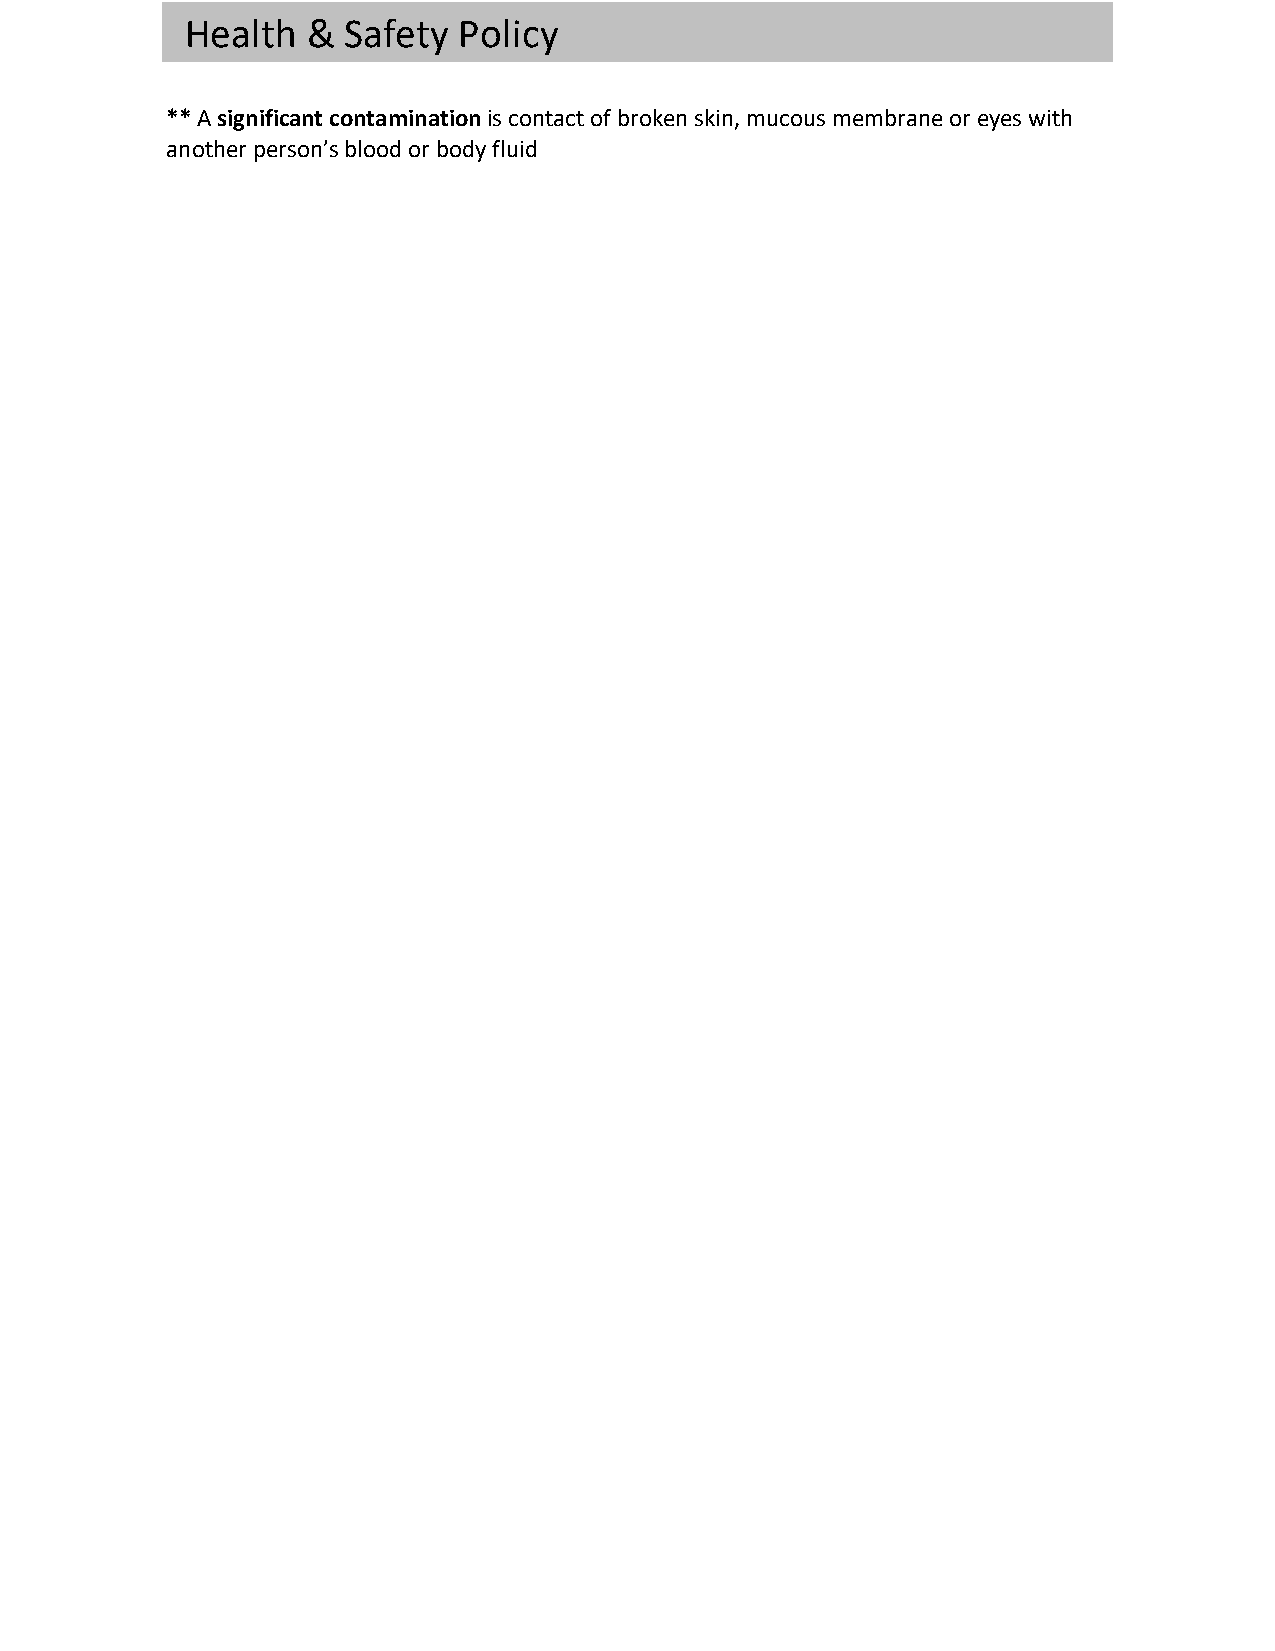
Health  &  Safety Policy
 ** A significant contamination is contact of broken skin, mucous membrane or eyes with
 another person’s blood or body fluid